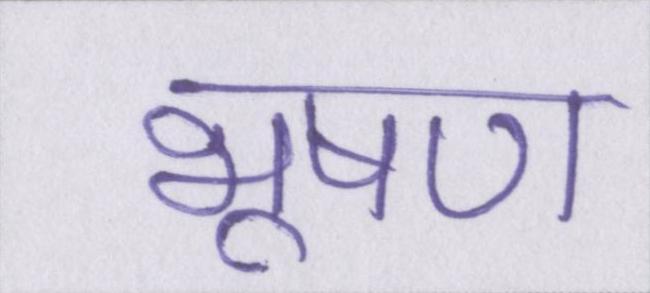
भूषण